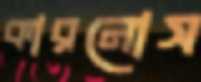
কারনোস